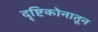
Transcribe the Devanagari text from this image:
दॄष्टिकोनातून